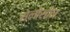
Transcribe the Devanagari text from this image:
सेलोसीन